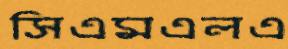
সিএমএলএ